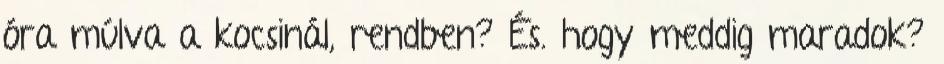
óra múlva a kocsinál, rendben? És. hogy meddig maradok?